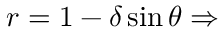
r = 1 - \delta \sin \theta \Rightarrow